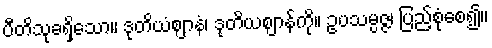
ပီတိသုခရှိသော။ ဒုတိယံဈာနံ၊ ဒုတိယဈာန်ကို။ ဥပသမ္ပဇ္ဇ၊ ပြည့်စုံစေ၍။